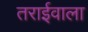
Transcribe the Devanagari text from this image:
तराईवाला